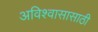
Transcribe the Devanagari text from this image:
अविश्‍वासासाठी